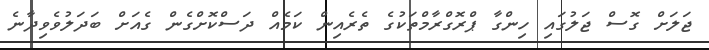
ޖަލަށް ގޮސް ޖަލުގައި ހިންގާ ޕްރޮގްރާމްތަކުގެ ތެރެއިން ކަމެއް ދަސްކޮށްގެން ގެއަށް ބަދަލުވެވިދާނެ